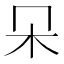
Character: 𣎻